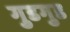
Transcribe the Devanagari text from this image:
गुडगुड